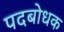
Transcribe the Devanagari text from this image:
पदबोधक